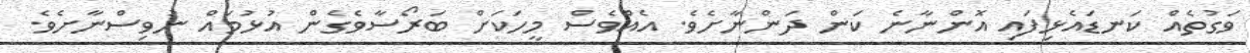
ވަގުތެއް ކަނޑައެޅިފައި އޮންނާނެ ކަން ދަންނާށެވެ. އެއްވެސް މީހަކަށް ބަރޯސާވެގެން އުޅުމައް ނުވިސްނާށެވެ.